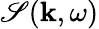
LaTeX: \mathscr{S}(\mathbf{{k}},\omega)